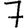
Digit: 7